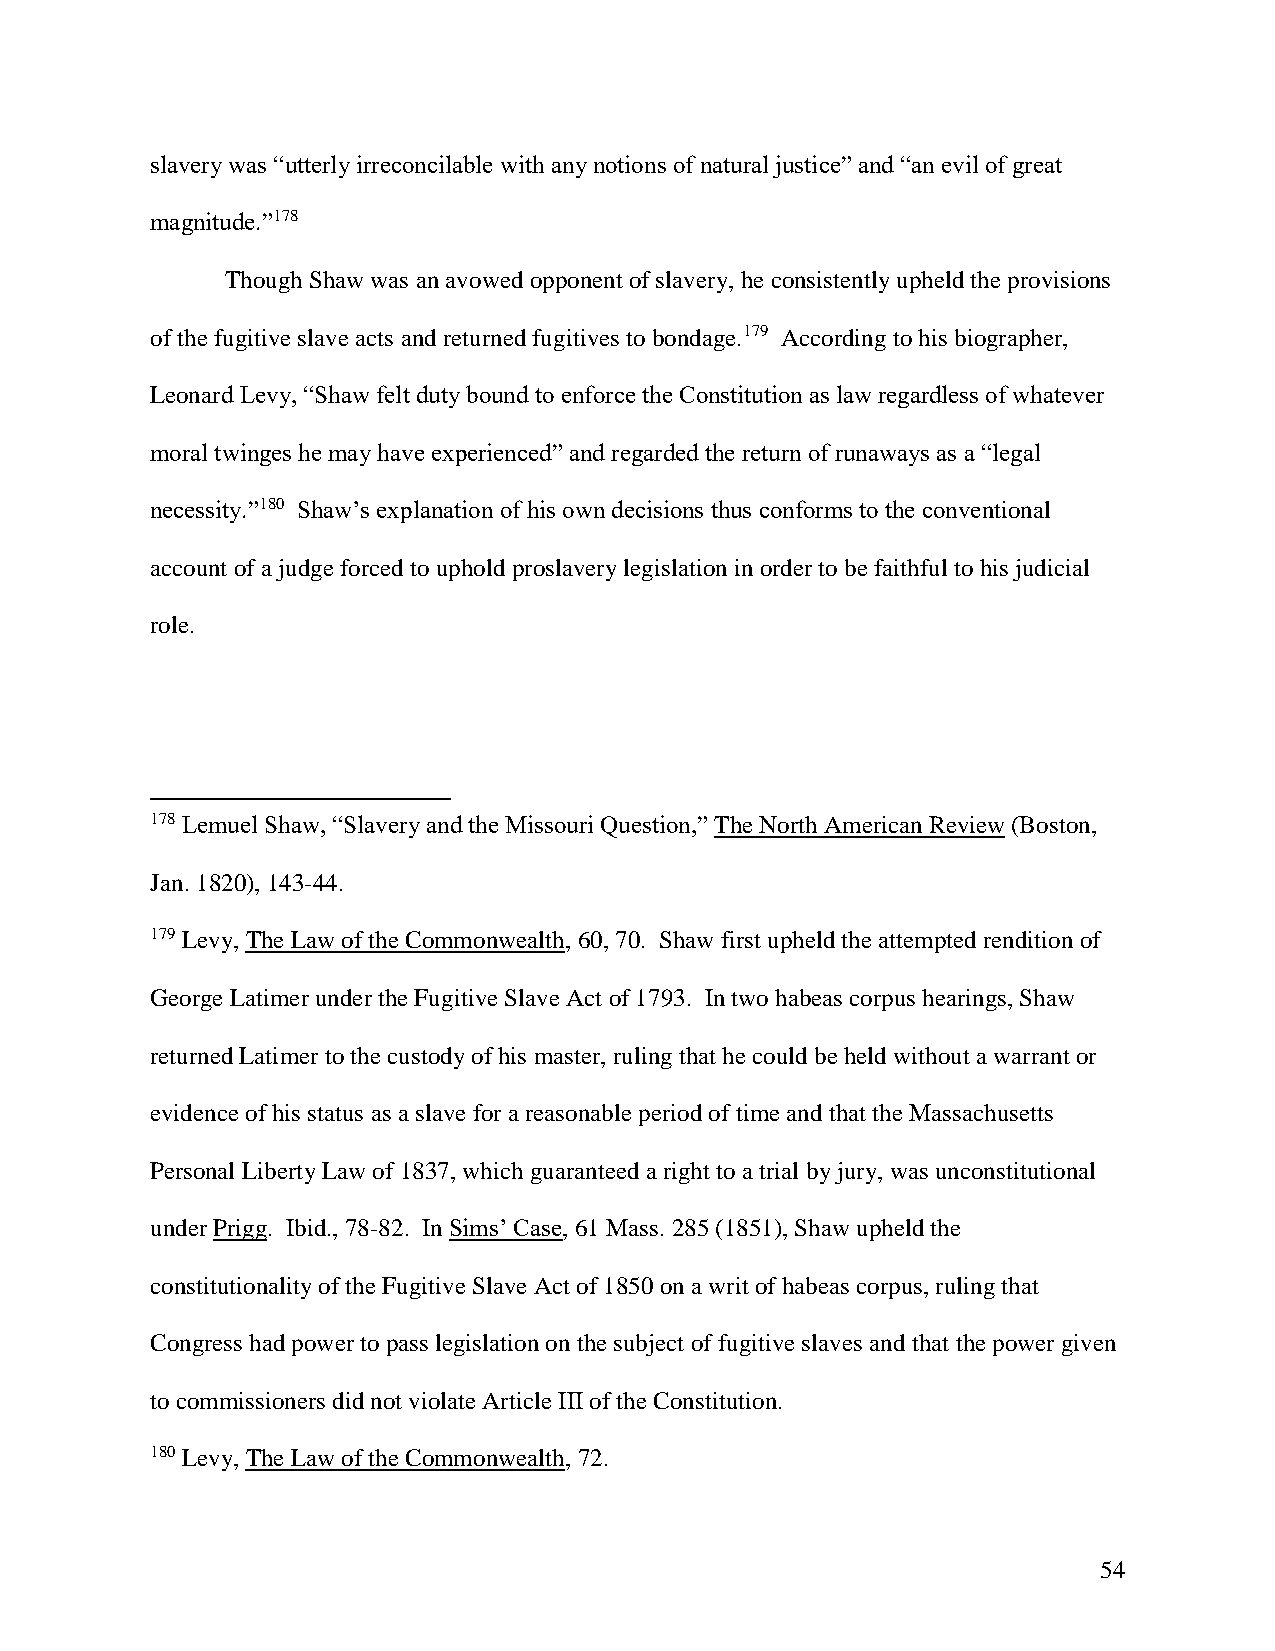
slavery was “utterly irreconcilable with any notions of natural justice” and “an evil of great
 magnitude.”178
 Though Shaw was an avowed opponent of slavery, he consistently upheld the provisions
 of the fugitive slave acts and returned fugitives to bondage.179 According to his biographer,
 Leonard Levy, “Shaw felt duty bound to enforce the Constitution as law regardless of whatever
 moral twinges he may have experienced” and regarded the return of runaways as a “legal
 necessity.”180 Shaw’s explanation of his own decisions thus conforms to the conventional
 account of a judge forced to uphold proslavery legislation in order to be faithful to his judicial
 role.
 178 Lemuel Shaw, “Slavery and the Missouri Question,” The North American Review (Boston,
 Jan. 1820), 143-44.
 179 Levy, The Law of the Commonwealth, 60, 70. Shaw first upheld the attempted rendition of
 George Latimer under the Fugitive Slave Act of 1793. In two habeas corpus hearings, Shaw
 returned Latimer to the custody of his master, ruling that he could be held without a warrant or
 evidence of his status as a slave for a reasonable period of time and that the Massachusetts
 Personal Liberty Law of 1837, which guaranteed a right to a trial by jury, was unconstitutional
 under Prigg. Ibid., 78-82. In Sims’ Case, 61 Mass. 285 (1851), Shaw upheld the
 constitutionality of the Fugitive Slave Act of 1850 on a writ of habeas corpus, ruling that
 Congress had power to pass legislation on the subject of fugitive slaves and that the power given
 to commissioners did not violate Article III of the Constitution.
 180 Levy, The Law of the Commonwealth, 72.
 54